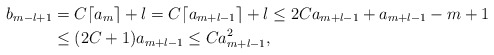
\begin{align*}b_{m-l+1}&=C\lceil a_m\rceil +l=C\lceil a_{m+l-1}\rceil +l\leq 2Ca_{m+l-1}+a_{m+l-1}-m+1\\&\leq (2C+1)a_{m+l-1}\leq Ca_{m+l-1}^2,\end{align*}